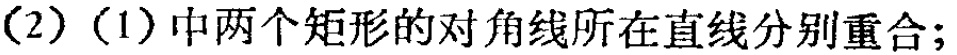
(2) (1)中两个矩形的对角线所在直线分别重合;